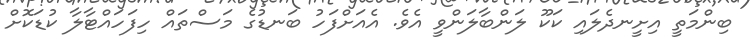
ބިންމަތީ އިށީނދެލައި ކަކޫ ލަންބާލަންވީ އެވެ. އެއަށްފަހު ބަނޑުގެ މަސްތައް ހިފަހައްޓާލާ ކުޑަކޮށް